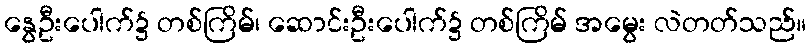
နွေဦးပေါက်၌ တစ်ကြိမ်၊ ဆောင်းဦးပေါက်၌ တစ်ကြိမ် အမွေး လဲတတ်သည်။